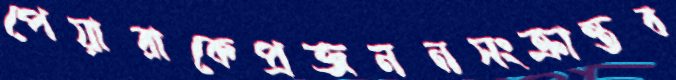
পেয়ারাকেপ্রজননসংক্রান্তব